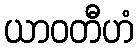
ယာဝတီဟံ